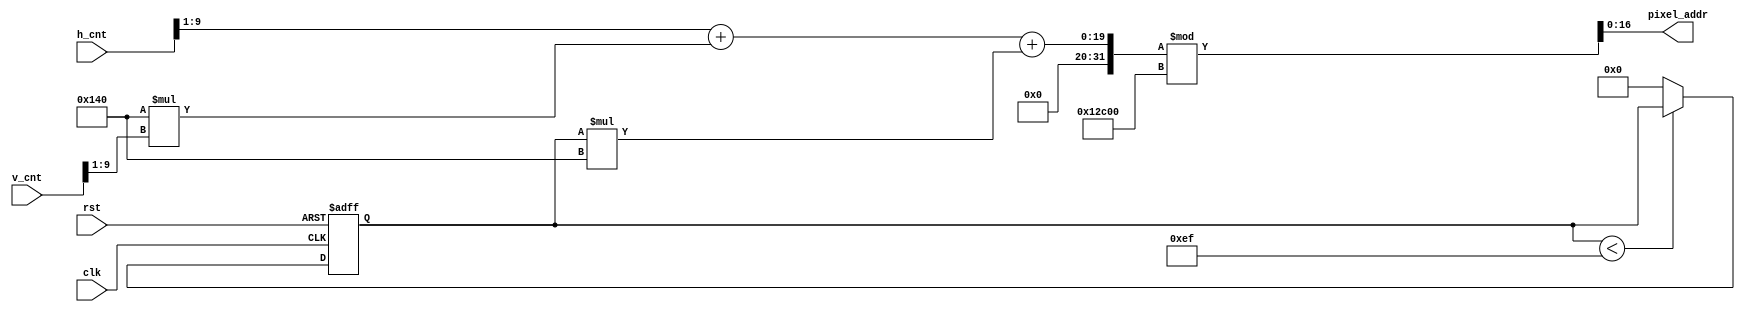
`timescale 1ns / 1ps
//////////////////////////////////////////////////////////////////////////////////
// Company: 
// Engineer: 
// 
// Design Name: 
// Module Name: blk_mem_gen_for_blk_1
// Project Name: 
// Target Devices: 
// Tool Versions: 
// Description: 
// 
// Dependencies: 
// 
// Revision:
// Revision 0.01 - File Created
// Additional Comments:
// 
//////////////////////////////////////////////////////////////////////////////////


module blk_mem_gen_for_blk_1(
   input clk,
   input rst,
   input [9:0] h_cnt,
   input [9:0] v_cnt,
   output [16:0] pixel_addr
   );
    
   reg [7:0] position;
  
   assign pixel_addr = ((h_cnt>>1)+320*(v_cnt>>1)+ position*320)%76800;  //640*480 --> 320*240 

   always @ (posedge clk or posedge rst) begin
      if(rst)
          position <= 0;
       else if(position < 240-1)
           position <= position;
       else
           position <= 0;
   end
    
endmodule